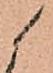
候